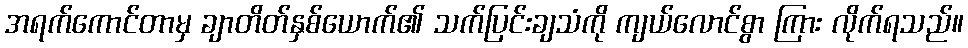
အရက်ကောင်တာမှ ချာတိတ်နှစ်ယောက်၏ သက်ပြင်းချသံကို ကျယ်လောင်စွာ ကြား လိုက်ရသည်။